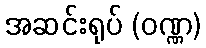
အဆင်းရုပ် (ဝဏ္ဏ)